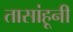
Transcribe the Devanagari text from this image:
तासांहूनी